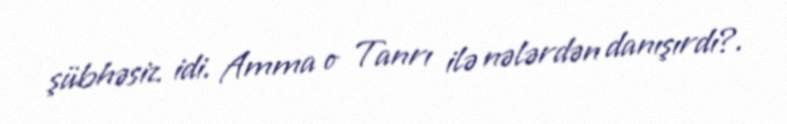
şübhəsiz idi. Amma o Tanrı ilə nələrdən danışırdı?.